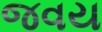
જવય